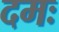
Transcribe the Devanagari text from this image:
दमः